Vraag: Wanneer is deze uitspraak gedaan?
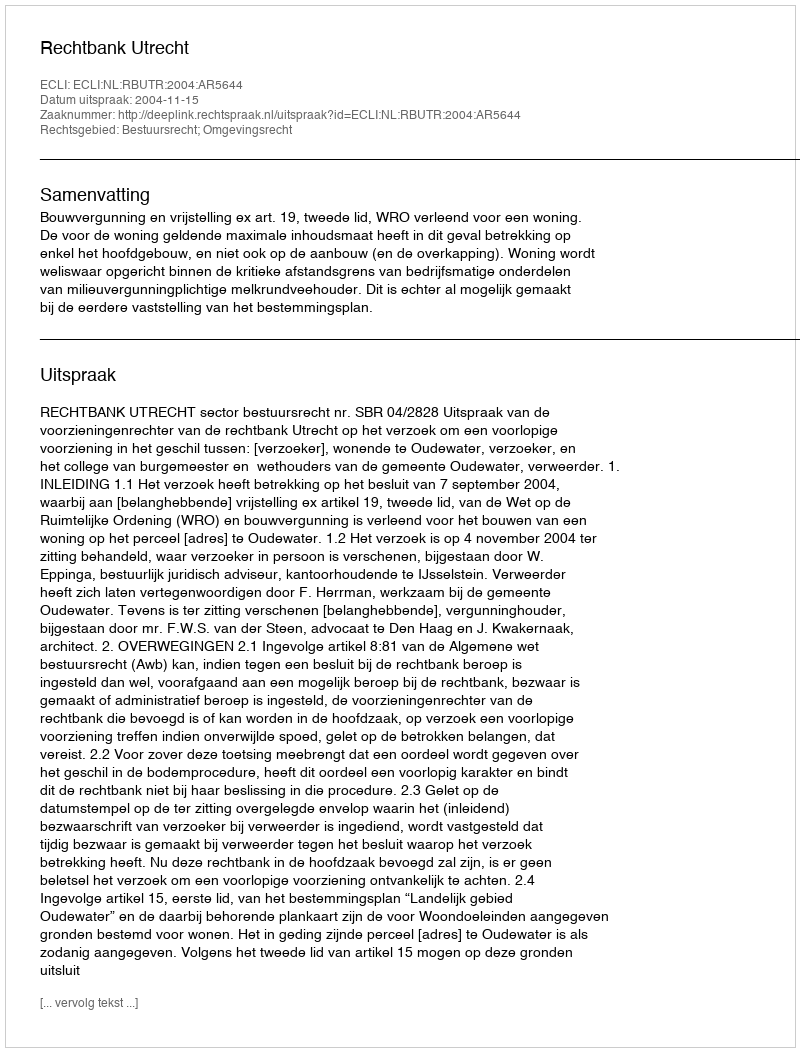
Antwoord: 2004-11-15